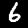
Label: 6